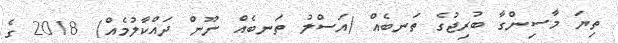
ތިޔަ މާސިންގާ ބުރިޖުގެ ތަނބެއް (އަސްލު ތަނބެއް ނޫން ދައްކާލުމެއް) 2018 ގެ